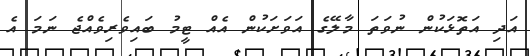
އަދި އަތޮޅަކުން ނުވަތަ މާލޭގެ އަވަށަކުން އެއް ޓީމު ބައިވެރިވެއްޖެ ނަމަ އެ